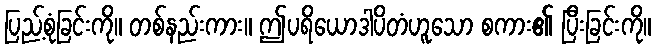
ပြည့်စုံခြင်းကို။ တစ်နည်းကား။ ဤပရိယောဒါပိတံဟူသော စကား၏ ပြီးခြင်းကို။